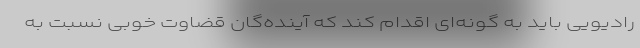
رادیویی باید به گونه‌ای اقدام کند که آینده‌گان قضاوت خوبی نسبت به